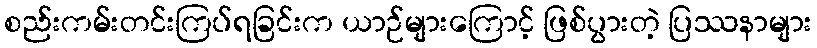
စည်းကမ်းတင်းကြပ်ရခြင်းက ယာဉ်များကြောင့် ဖြစ်ပွားတဲ့ ပြဿနာများ